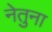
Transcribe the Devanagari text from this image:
नेतुना